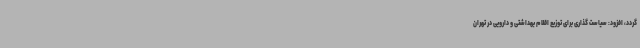
گردد، افزود: سیاست گذاری برای توزیع اقلام بهداشتی و دارویی در تهران